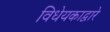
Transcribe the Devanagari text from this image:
विधेयकाद्वारे